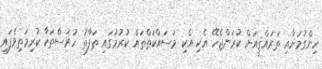
ހިންގުމަށާއި ތަރައްޤީއަށް ކުރަންޖެހޭ އެކި އެކި މަސައްކަތްތައް ކުރުމުގައި ތަފާތު ހުރަސްތަކާ ކުރިމަތިވެފައި